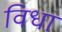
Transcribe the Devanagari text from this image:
विधा